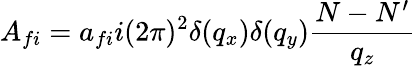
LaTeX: A_{fi}=a_{fi}i(2\pi)^{2}\delta(q_{x})\delta(q_{y})\frac{N-N^{\prime}}{q_{z}}